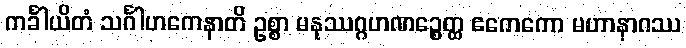
ကင်္ခါယိတံ သင်္ဂါဟကေနာတိ ဥစ္စာ မနုဿဂ္ဂဟဏဉ္စေတ္ထ ဧကေကော မဟာနာဂဿ